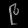
Digit: ၉